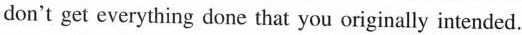
don't get everything done that you originally intended.